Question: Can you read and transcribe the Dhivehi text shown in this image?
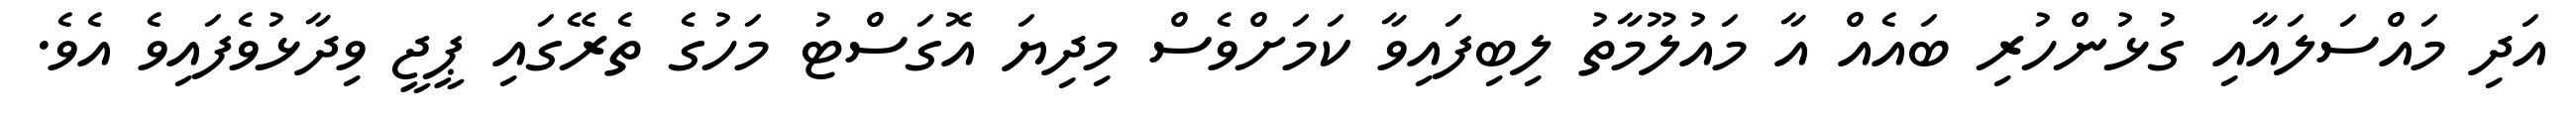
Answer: އަދި މައްސަލައާއި ގުޅުންހުރި ބައެއް އާ މައުލޫމާތު ލިބިފައިވާ ކަމަށްވެސް މިދިޔަ އޮގަސްޓު މަހުގެ ތެރޭގައި ޕީޖީ ވިދާޅުވެފައިވެ އެވެ.